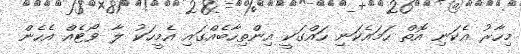
މިހާރު އެކަނި އޮތް ހަމައެކަނި ހައްގަކީ އިންތިހާބެއްގައި އެމީހަކު ލާ ވޯޓެއް އެހެން